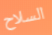
السلاح